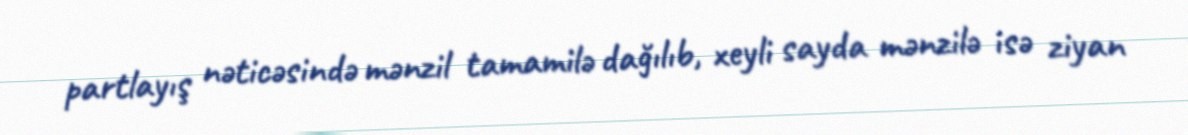
partlayış nəticəsində mənzil tamamilə dağılıb, xeyli sayda mənzilə isə ziyan